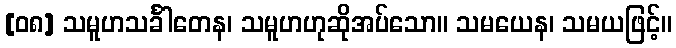
[၀၈] သမူဟသင်္ခါတေန၊ သမူဟဟုဆိုအပ်သော။ သမယေန၊ သမယဖြင့်။